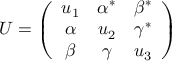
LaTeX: U = \left( \begin{array} { c c c } { { u _ { 1 } } } & { { \alpha ^ { * } } } & { { \beta ^ { * } } } \\ { { \alpha } } & { { u _ { 2 } } } & { { \gamma ^ { * } } } \\ { { \beta } } & { { \gamma } } & { { u _ { 3 } } } \end{array} \right)